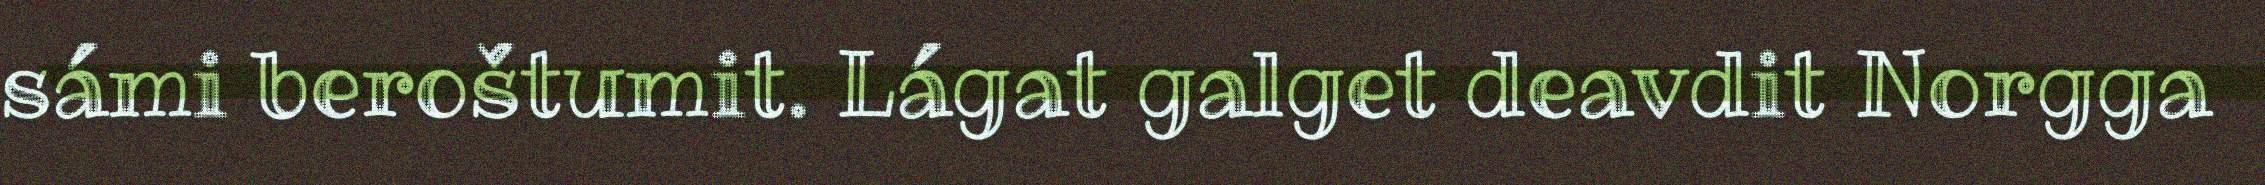
sámi beroštumit. Lágat galget deavdit Norgga